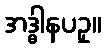
အဒ္ဓါနပဥှ။